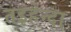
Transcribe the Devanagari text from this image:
तइहेन्दा